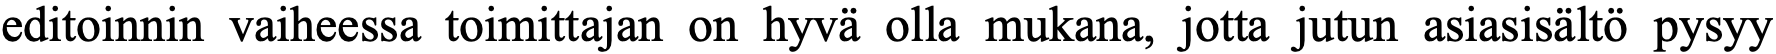
editoinnin vaiheessa toimittajan on hyvä olla mukana, jotta jutun asiasisältö pysyy